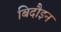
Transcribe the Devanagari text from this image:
बिदौइन